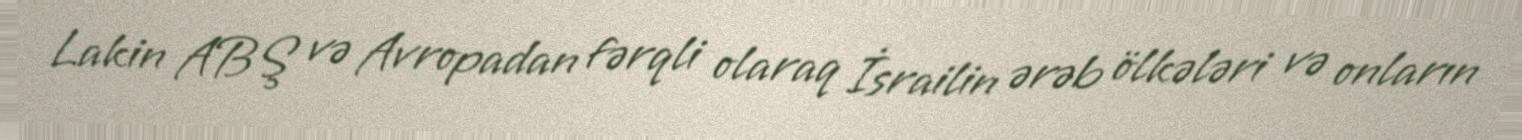
Lakin ABŞ və Avropadan fərqli olaraq İsrailin ərəb ölkələri və onların